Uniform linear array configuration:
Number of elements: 16
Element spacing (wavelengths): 0.5
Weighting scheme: kaiser
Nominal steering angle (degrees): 0
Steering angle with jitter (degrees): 1.922
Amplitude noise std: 0.05
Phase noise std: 0.05

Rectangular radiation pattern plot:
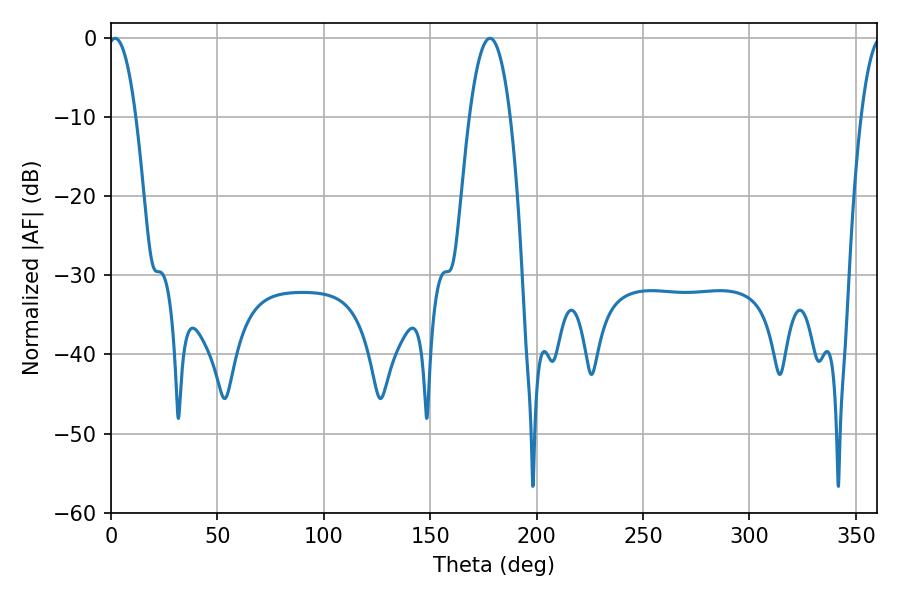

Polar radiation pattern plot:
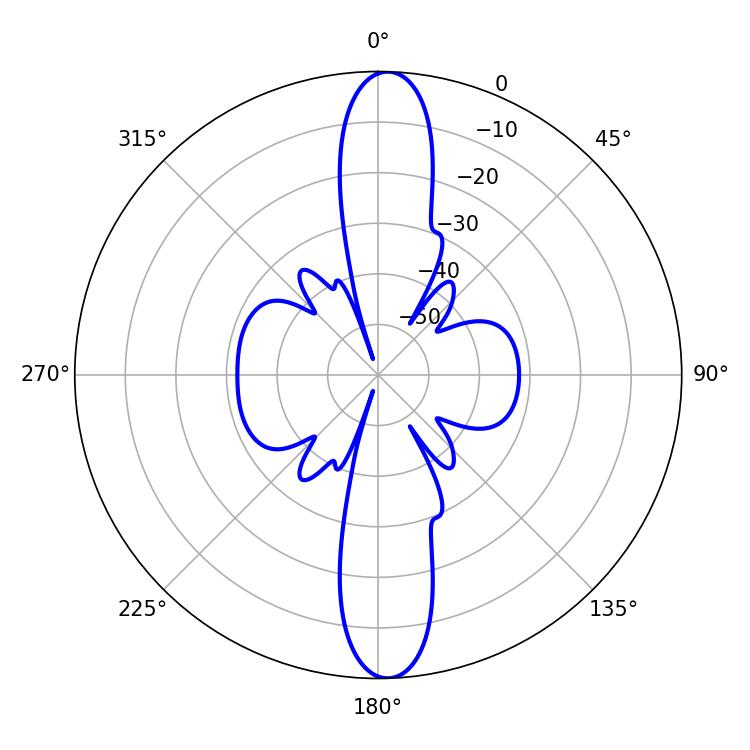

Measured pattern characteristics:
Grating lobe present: FALSE
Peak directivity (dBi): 21.628
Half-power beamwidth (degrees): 7.2
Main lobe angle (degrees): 1.98